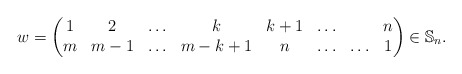
\begin{gather*} w = \begin{pmatrix} 1& 2& \ldots& k& {k+1}& \ldots& &n \\m& {m-1}& \ldots& {m-k+1}& n& \ldots& \ldots& 1 \end{pmatrix} \in\mathbb{S}_n.\end{gather*}